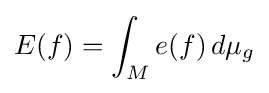
E(f)=\int _{M}e(f)\,d\mu _{g}